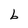
Character: b